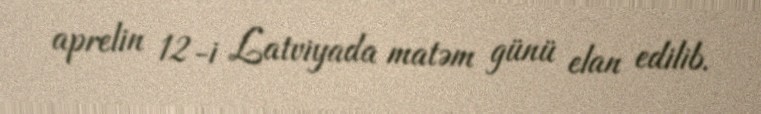
aprelin 12-i Latviyada matəm günü elan edilib.